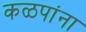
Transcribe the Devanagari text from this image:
कळपांना